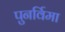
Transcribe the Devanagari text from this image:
पुनर्विमा